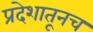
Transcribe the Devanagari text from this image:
प्रदेशातूनच